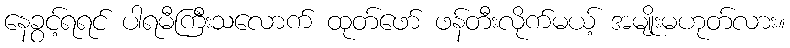
နေခွင့်ရရင် ပါရမီကြီးသလောက် ထုတ်ဖော် ဖန်တီးလိုက်မယ့် အမျိုးမဟုတ်လား။